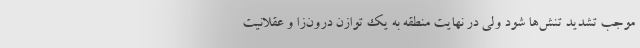
موجب تشدید تنش‌ها شود ولی در نهایت منطقه به یک توازن درون‌زا و عقلانیت